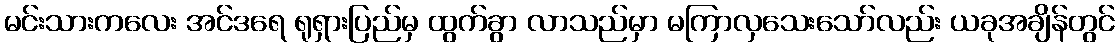
မင်းသားကလေး အင်ဒရေ ရုရှားပြည်မှ ထွက်ခွာ လာသည်မှာ မကြာလှသေးသော်လည်း ယခုအချိန်တွင်